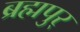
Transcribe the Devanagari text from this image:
ब्रह्मपुर्